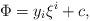
LaTeX: \begin{align*}\Phi=y_i\xi^i+c,\end{align*}